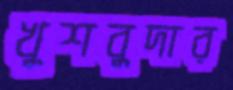
খুশবুদার